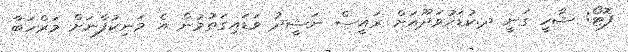
ފޮޓޯ: ޝާހީ ގަނީ ދ.ކުޑަހުވަދޫއަށް ރައީސް ނަޝީދު ވަޑައިގަތުމުން އެ މަނިކުފާނަށް މަރްހަބާ